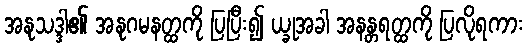
အနုသဒ္ဒါ၏ အနုဂမနတ္ထကို ပြပြီး၍ ယ္ခုအခါ အနန္တရတ္ထကို ပြလိုရကား